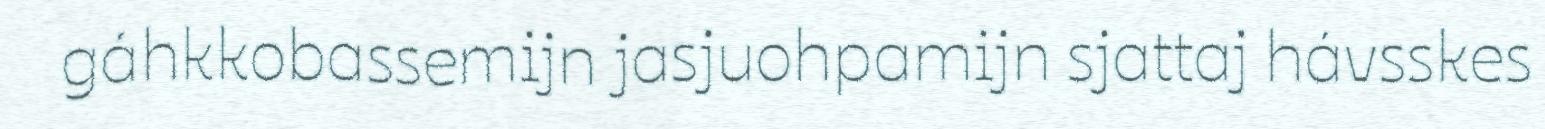
gáhkkobassemijn jasjuohpamijn sjattaj hávsskes